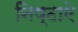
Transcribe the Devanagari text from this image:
निष्ठाऐ